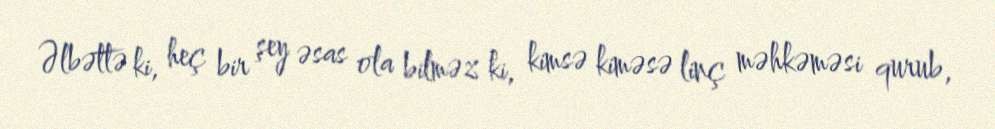
Əlbəttə ki, heç bir şey əsas ola bilməz ki, kimsə kiməsə linç məhkəməsi qurub,